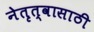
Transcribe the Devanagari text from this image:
नेतृत्वासाठी